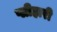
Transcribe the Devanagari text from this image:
प्लीहारी